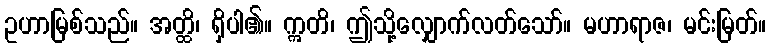
ဥဟာမြစ်သည်။ အတ္ထိ၊ ရှိပါ၏။ ဣတိ၊ ဤသို့လျှောက်လတ်သော်။ မဟာရာဇ၊ မင်းမြတ်။